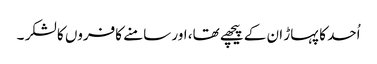
اُحد کا پہاڑ ان کے پیچھے تھا، اور سامنے کافروں کا لشکر ۔